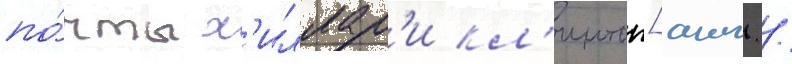
по́чты х'иллар'и кл'интон[англ. /